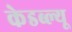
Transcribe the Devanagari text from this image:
केडब्ल्यू